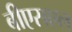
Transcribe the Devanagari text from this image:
बीएसएल